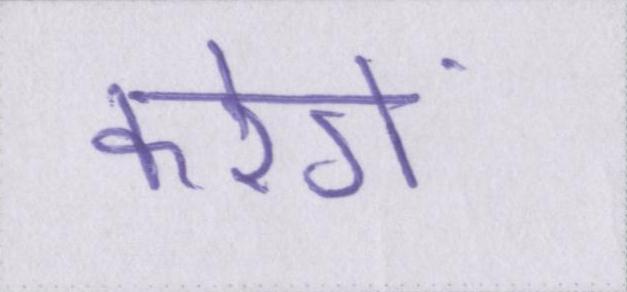
करेगें